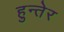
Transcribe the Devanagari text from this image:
हुन्तेर